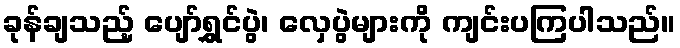
ခုန်ချသည့် ပျော်ရွှင်ပွဲ၊ လှေပွဲများကို ကျင်းပကြပါသည်။